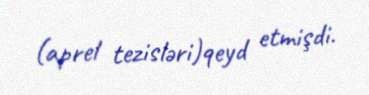
(aprel tezisləri)qeyd etmişdi.